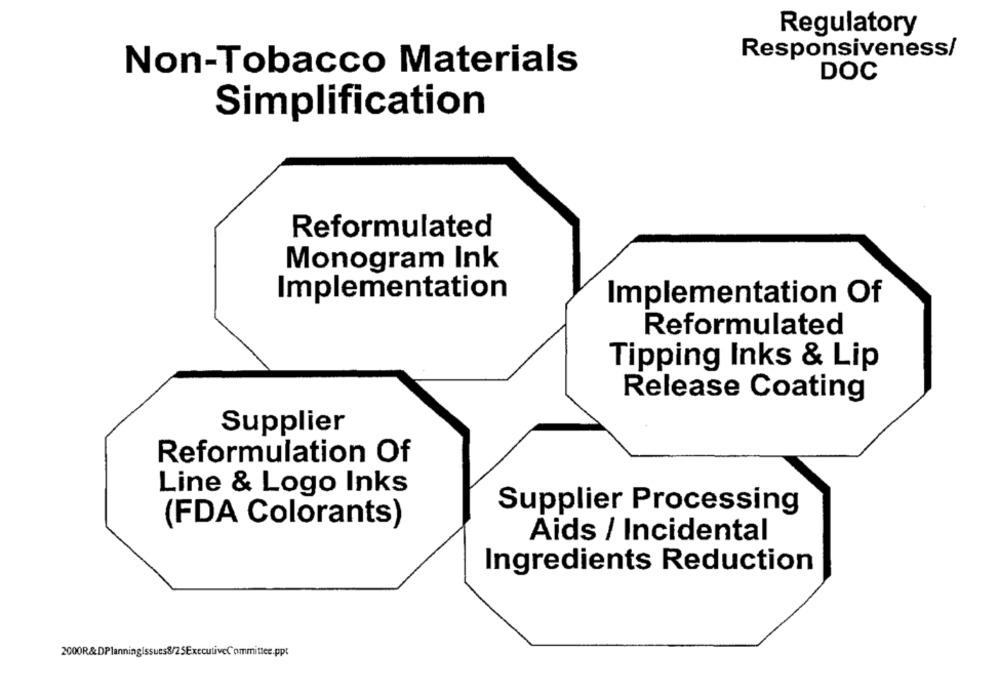
Regulatory
Responsiveness/
Non-Tobacco Materials
DOC
Simplification
Reformulated
Monogram Ink
Implementation
Implementation Of
Reformulated
Tipping Inks & Lip
Release Coating
Supplier
Reformulation Of
Line & Logo Inks
Supplier Processing
(FDA Colorants)
Aids / Incidental
Ingredients Reduction
2000R&DPlanningIssues8/25ExecutiveCommittee.ppt